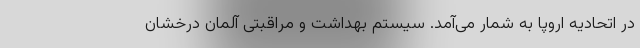
در اتحادیه اروپا به شمار می‌آمد. سیستم بهداشت و مراقبتی آلمان درخشان